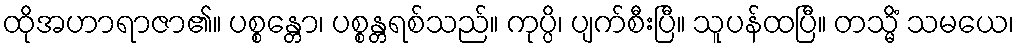
ထိုအဟာရာဇာ၏။ ပစ္စန္တော၊ ပစ္စန္တရစ်သည်။ ကုပ္ပိ၊ ပျက်စီးပြီ။ သူပန်ထပြီ။ တသ္မိံ သမယေ၊